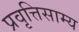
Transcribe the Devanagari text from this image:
प्रवृत्तिसाम्य